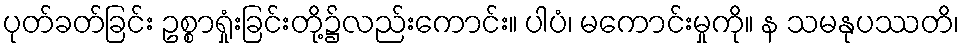
ပုတ်ခတ်ခြင်း ဥစ္စာရှုံးခြင်းတို့၌လည်းကောင်း။ ပါပံ၊ မကောင်းမှုကို။ န သမနုပဿတိ၊